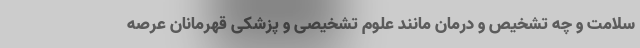
سلامت و چه تشخیص و درمان مانند علوم تشخیصی و پزشکی قهرمانان عرصه